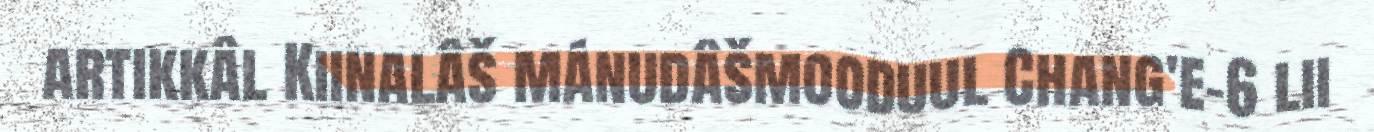
artikkâl Kiinalâš mánudâšmooduul Chang'e-6 lii